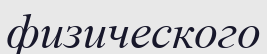
физического